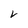
Character: v